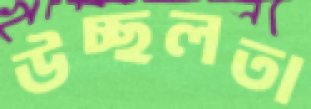
উচ্ছলতা